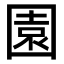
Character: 園